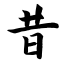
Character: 昔